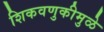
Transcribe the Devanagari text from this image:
शिकवणुकीमुळे